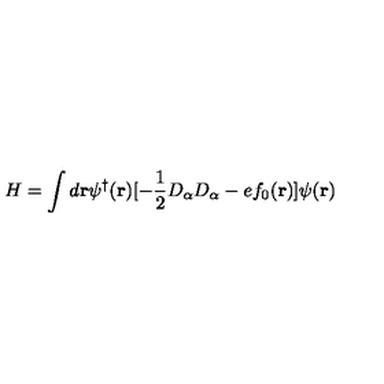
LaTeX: H = \int d { \bf r } \psi ^ { \dagger } ( { \bf r } ) [ - \frac { 1 } { 2 } D _ { \alpha } D _ { \alpha } - e f _ { 0 } ( { \bf r } ) ] \psi ( { \bf r } )